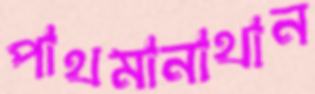
পাথমানাথান